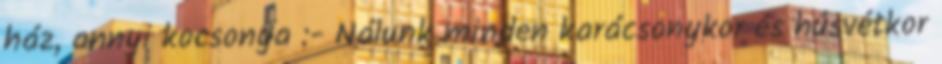
ház, annyi kocsonya :- Nálunk minden karácsonykor és húsvétkor